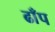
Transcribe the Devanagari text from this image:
ढाँप